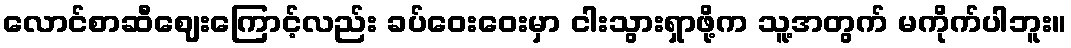
လောင်စာဆီဈေးကြောင့်လည်း ခပ်ဝေးဝေးမှာ ငါးသွားရှာဖို့က သူ့အတွက် မကိုက်ပါဘူး။